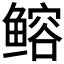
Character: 𫚦